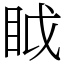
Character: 眓